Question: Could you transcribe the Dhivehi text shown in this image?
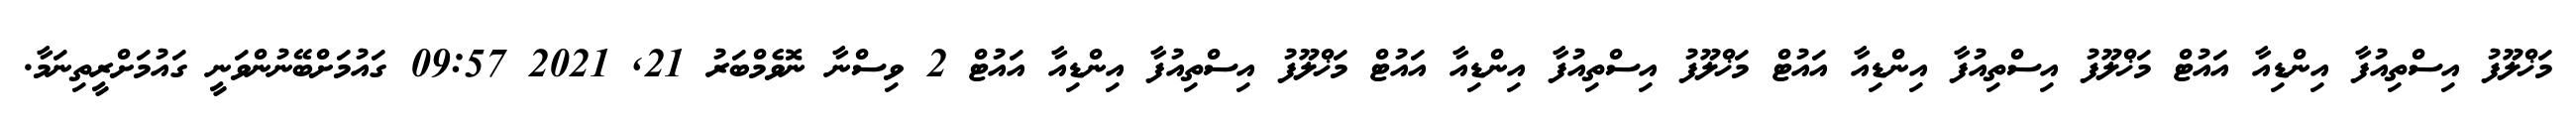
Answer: މަޚްލޫފު އިސްތިއުފާ އިންޑިއާ އައުޓް މަޚްލޫފު އިސްތިއުފާ އިންޑިއާ އައުޓް މަޚްލޫފު އިސްތިއުފާ އިންޑިއާ އައުޓް މަޚްލޫފު އިސްތިއުފާ އިންޑިއާ އައުޓް 2 ވިސްނާ ނޮވެމްބަރު 21, 2021 09:57 ގައުމަށްބޭނުންވަނީ ގައުމަށްރީތިނަމާ.